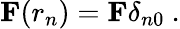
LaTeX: {\mathbf F(r_{n})}={\mathbf F}\delta_{n0}~.